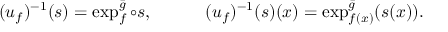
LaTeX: ( u _ { f } ) ^ { - 1 } ( s ) = \exp _ { f } ^ { \bar { g } } \circ s , \qquad \quad ( u _ { f } ) ^ { - 1 } ( s ) ( x ) = \exp _ { f ( x ) } ^ { \bar { g } } ( s ( x ) ) .